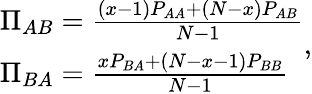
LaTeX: \begin{array}{lr}{\Pi_{AB}=\frac{(x-1)P_{AA}+(N-x)P_{AB}}{N-1}}\\ {\Pi_{BA}=\frac{xP_{BA}+(N-x-1)P_{BB}}{N-1}}\end{array},